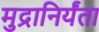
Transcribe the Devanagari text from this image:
मुद्रानिर्यंता